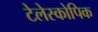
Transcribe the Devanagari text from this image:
टेलेस्कोपिक